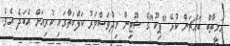
އަމީތާބް ބައްޗަން ކުޅޭ "ޕިކޫ"ގެ ޝޫޓިން މިދުވަސްވަރު ކަލްކަތާގައި ކުރިއަށް އެބަދެ އެވެ.